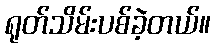
ရုတ်သိမ်းပစ်ခဲ့တယ်။